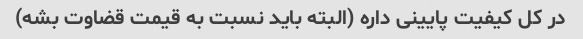
در کل کیفیت پایینی داره (البته باید نسبت به قیمت قضاوت بشه)